Scottish Leaving Certificate Examination, 1959
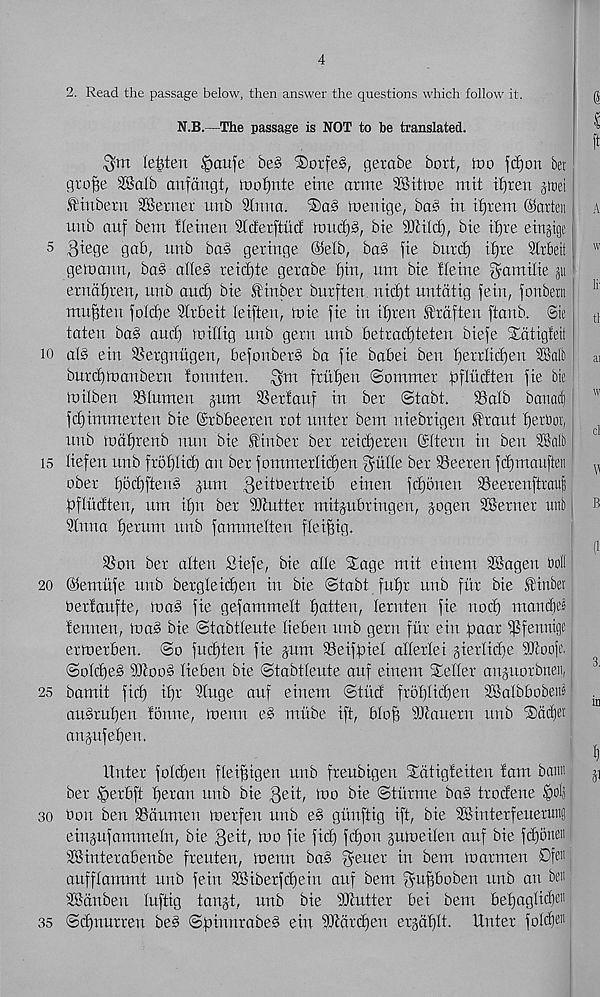
4
2. Read the passage below, then answer the questions which follow it.
N.B.—The passage is NOT to be translated.
lenten Jpcmfe be§ DoifeS, gerabe bort, too fd)on bet
gro^e SBalb aufangt, roofynte eme arme SSttltie mit tfjren pet
S’iuberu SBeruet urtb 2lnna.
toeittge, ba§ in if)tem ©atten
unb auf bent lie inert Stderftud tnucfjb, bie SJlili^, bie if)re eirtpe
5 |3^egs gab, nnb ba§ geringe ©elb, ba§ fie buxd) i£)re Slrbeit
gem arm, ba§ alle§ reidjte getabe f)in, nm bie fleine f^amilie §ti
ernal)ren, unb and) bie i'inber burften. nidjt untdtig fein, fonbera
mu^ten folcbe Slrbeit leiften, mie fie in ifjren Sirdften ftonb. Sit
tateu ba§ aucf) millig unb gern unb betradbteten biefe Xdtigfeit
io a(§ ein SSergnugen, befonberS ba fie babei ben berrMjen SBafc
buret)manbern lonuten.
fritfjen (Sommer ftflittfien fie bit
mitben ©lumen pm ©erlouf in ber Stabt.
©alb battad:
fdfimmerten bie ©rbbeeren rot unter bem niebrigen .firaut fjerbor,
nnb mdljrenb nun bie Stinber ber reidjeren ©Item in ben SSalb |
is liefen unb frofilid) an ber fommerlidfen ^itlle ber ©eeren fdjmauften
ober l)6d)ftens pm ftextoextxeih einen fd)onen ©eerenftrauf
dfludten, um ip. ber Gutter mitpbringen, pgen ©krner uttb
Inna fjerum unb fammelten fie iff ig.
©on ber alien Siefe, bie alle Stage mit einem SSagen boll
20 ©ernufe unb bergleidjen in bie ©tabt fuffr unb fitr bie finbet
bertaufte, ma^ fie gefammelt flatten, lernten fie nod) mandjes
fennen, ma§ bie Stabtleute lieben unb gern fur ein ftaar ©fennti)|
ermerben. So fud)ten fie pm ©eiffiiel allerlei gierlidie ©loofe.
Sold)e§ SJfood lieben bie Stabtleute auf einem Seller anporbttett, |
25 bamit fid) if)r Singe auf einem Stud frolflidjen SBalbbobenb
an§ru£)en tonne, menu e3 mitbe ift, blo§ SOfauern unb Sddiet'
aupfefjen.
Itnter foldjen flei^igen unb freubigen Sdtigfeiten fam baitu
ber ^erbft fjeran unb bie 3ait, mo bie Stitrme ba§ trodene |>ol5
so Won ben ©dumen merfen unb e§ gitnftig ift, bie SBinterfeuerung
einpfammeln, bie 3ait, mo fie fid) fdjon pmeileu auf bie fdjonett
SSinterabenbe freuten, menu ba§ Reiter in bem marmen Dffli
aufflarnmt unb fein SSiberfdjein auf bem f^upoben unb an ben
SCSdnben luftig tan§t, unb bie SJlutter bei bem befjaglid)® 1
35 Sdjnurren be§ Sftinnrabeb ein ©idrd)en ergdf)lt. Unter fold)®